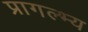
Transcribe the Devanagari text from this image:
प्रागल्भ्य